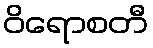
ဝိရောစတီ